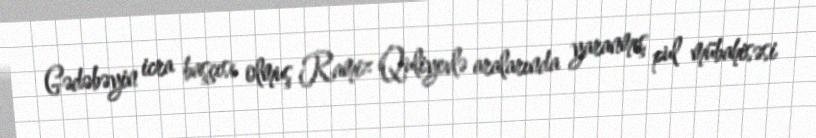
Gədəbəyin icra başçısı olmuş Ramiz Quliyevlə aralarında yaranmış pul mübahisəsi